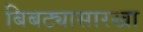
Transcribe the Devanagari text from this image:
बिबट्यासारखा